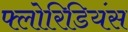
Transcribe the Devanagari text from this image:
फ्लोरिडियंस